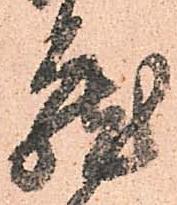
蔵